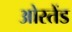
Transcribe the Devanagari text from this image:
ओस्तेंड